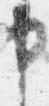
申